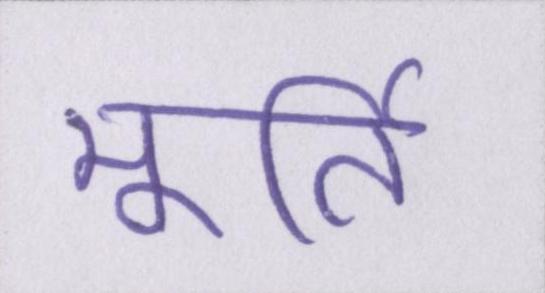
मूर्ति